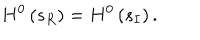
LaTeX: H ^ { 0 } \left( s _ { R } \right) = H ^ { 0 } \left( s _ { I } \right) .